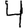
Digit: 4